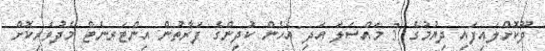
ދޫކޮށްލައިފައި ދިޔުމުގެ 3 މައްސަލަ އަދި އެހެން ކުދިންގެ ފަރާތުން އިންޓަރނެޓް މެދުވެރިކޮށް